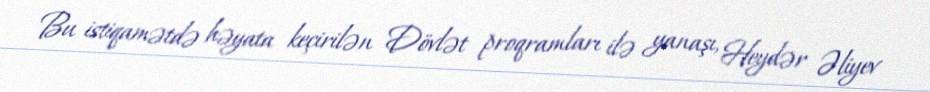
Bu istiqamətdə həyata keçirilən Dövlət proqramları ilə yanaşı, Heydər Əliyev